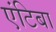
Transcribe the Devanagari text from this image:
एंटिबा